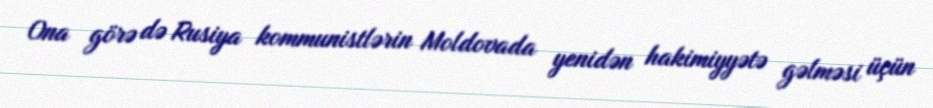
Ona görə də Rusiya kommunistlərin Moldovada yenidən hakimiyyətə gəlməsi üçün